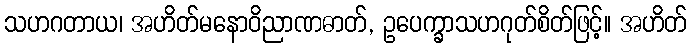
သဟဂတာယ၊ အဟိတ်မနောဝိညာဏဓာတ်, ဥပေက္ခာသဟဂုတ်စိတ်ဖြင့်။ အဟိတ်